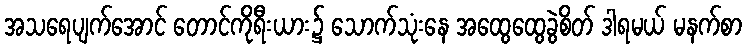
အသရေပျက်အောင် တောင်ကိုရီးယား၌ သောက်သုံးနေ အထွေထွေခွဲစိတ် ဒါရမယ် မနက်စာ